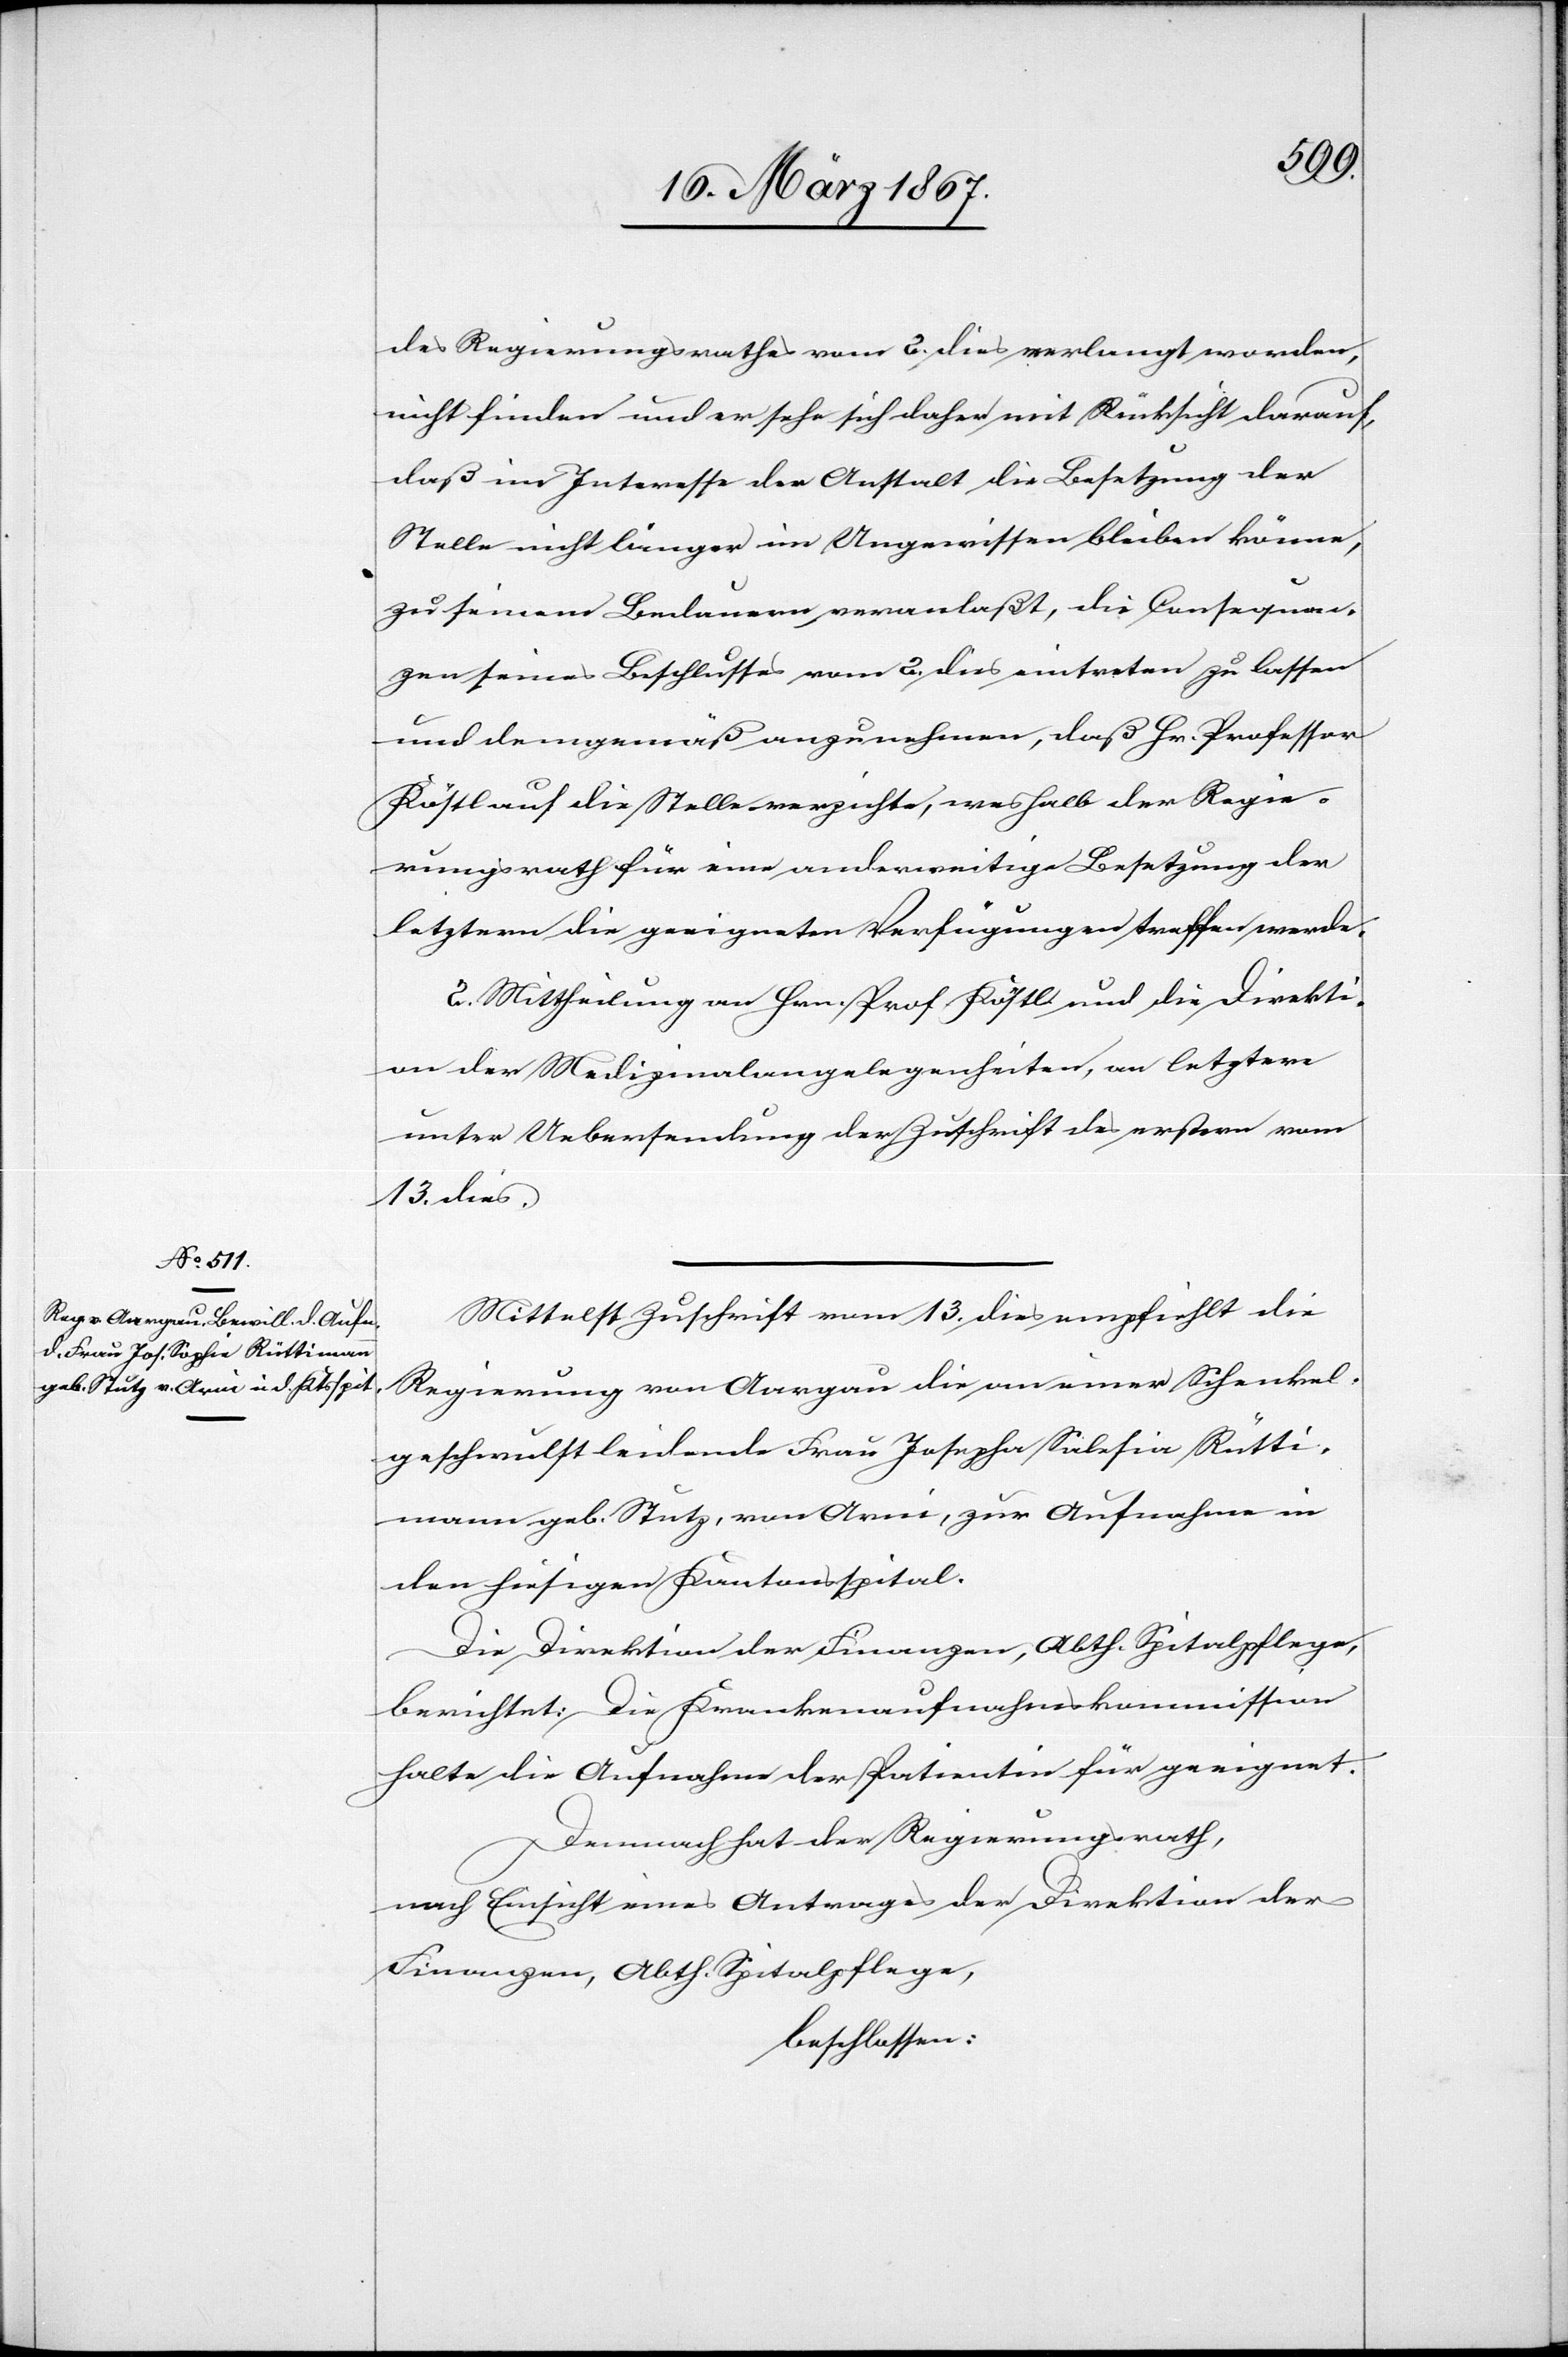
des Regierungsrathes vom 2. dies verlangt worden,
nicht finden und er sehe sich daher mit Rücksicht darauf,
daß im Interesse der Anstalt die Besetzung der
Stelle nicht länger im Ungewissen bleiben könne,
zu seinem Bedauern veranlaßt, die Consequen¬
zen seines Beschlusses vom 2. dies eintreten zu lassen
und demgemäß anzunehmen, daß Hr. Professor
Köstl auf die Stelle verzichte, weshalb der Regie¬
rungsrath für eine anderweitige Besetzung der
letztern die geeigneten Verfügungen treffen werde.
2. Mittheilung an Hrn. Prof. Köstl und die Direkti¬
on der Medizinalangelegenheiten, an letztere
unter Uebersendung der Zuschrift des erstern vom
13. dies.
Mittelst Zuschrift vom 13. dies empfiehlt die
Regierung von Aargau die an einer Schenkel¬
geschwulst leidende Frau Josepha Solefia [sic!] Rütti¬
mann geb. Stutz, von Arni, zur Aufnahme in
den hiesigen Kantonsspital.
Die Direktion der Finanzen, Abth. Spitalpflege,
berichtet: Die Krankenaufnahmskommission
halte die Aufnahme der Patientin für geeignet.
Demnach hat der Regierungsrath,
nach Einsicht eines Antrages der Direktion der
Finanzen, Abth. Spitalpflege,
beschlossen: